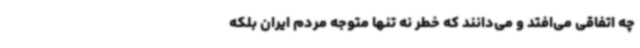
چه اتفاقی می‌افتد و می‌دانند که خطر نه تنها متوجه مردم ایران بلکه